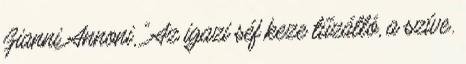
Gianni Annoni, "Az igazi séf keze tűzálló, a szíve.